Vaccination in Burma 1912-1922 - 1912-1922
Year: 1912
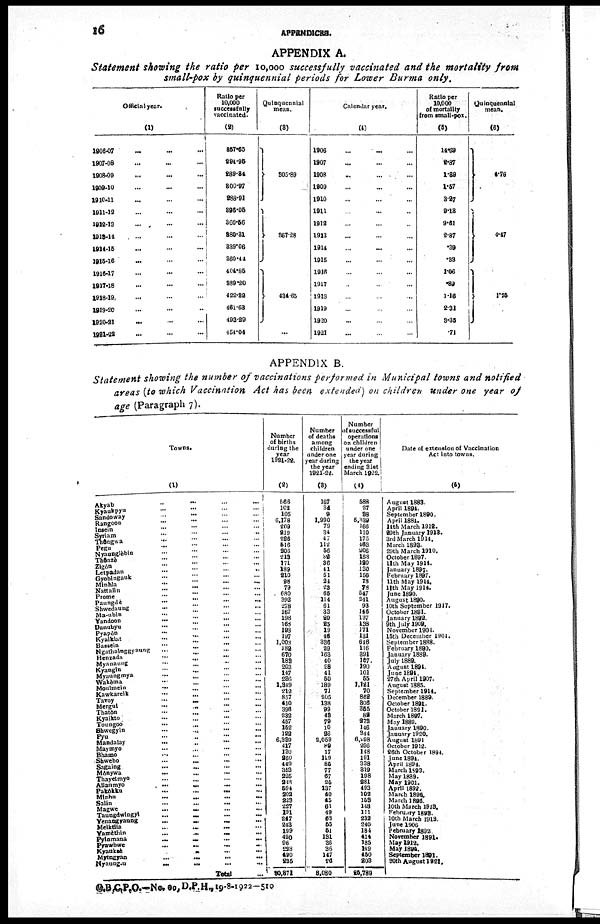
16
APPENDICES.
APPENDIX A.
Statement showing the ratio per 10,000 successfully vaccinated and the mortality from
small-pox by quinquennial periods for Lower Burma only.
Official year.
(1)
1906-07 ... ... ...
1907-08 ... ... ...
1908-09 ... ... ...
1909-10 ... ... ...
1910-11 ... ... ...
1911-12 ... ... ...
1912-13 ... ... ...
1913-14 ... ... ...
1914-15 ... ... ...
1915-16 ... ... ...
1916-17 ... ... ...
1917-18 ... ... ...
1918-19 ... ... ...
1919-20 ... ... ...
1920-21 ... ... ...
1921-22
...
...
...
Ratio per
10,000
successfully
vaccinated.
(2)
357.65
294.95
289.84
300.97
288.91
396.05
360.56
380.31
339.06
360.44
404.85
389.20
422.32
461.63
493.29
454.04
Quinquennial
mean.
(3)
305.89
367.28
434.65
...
Calendar year.
(4)
1906 ... ... ...
1907
...
...
...
1908 ... ... ...
1909 ... ... ...
1910 ... ... ...
1911 ... ... ...
1912 ... ... ...
1913 ... ... ...
1914 ... ... ...
1915 ... ... ...
1916 ... ... ...
1917 ... ... ...
1918 ... ... ...
1919 ... ... ...
1920 ... ... ...
1921 ... ... ...
Ratio per
10,000
of mortality
from small-pox.
(5)
14.69
2.87
1.89
1.57
3.27
9.13
9.61
2.87
.39
.33
1.06
.89
1.16
2.31
3.35
.71
Quinquennial
mean.
(6)
4.76
4.47
1.75
APPENDIX B.
Statement showing the number of vaccinations performed in Municipal towns and notified
areas (to which Vaccination Act has been extended on children under one year of
age (Paragraph 7).
Towns.
(1)
Akyab
...
...
...
...
Kyaukpyu
...
...
...
...
Sandoway
...
...
...
...
Rangoon
...
...
...
...
Insein ... ... ... ...
Syriam
...
...
...
...
Thôngwa ... ... ... ...
Pegu ... ... ... ...
Nyaunglèbin ... ... ... ...
Thônzè ... ... ... ...
Zigôn
...
...
...
...
Lepadan
...
...
...
...
Gyobingauk
...
...
...
...
Minhla ... ... ... ...
Nattalin
...
...
...
...
Prome
...
...
...
...
Paungdè
...
...
...
...
Shwedaung
...
...
...
...
Ma-ubin
...
...
...
...
Yandoon
...
...
...
...
Danubyu
...
...
...
...
Pyapôn
...
...
...
...
Kyatklat
...
...
...
...
Bassein
...
...
...
...
Ngathainggyaung ... ... ... ...
Henzada
...
...
...
...
Myanaung
...
...
...
...
Kyangin
...
...
...
...
Myaungmya
...
...
...
...
Wakèma ... ... ... ...
Moulmein
...
...
...
...
Kawkareik
...
...
...
...
Tavoy ... ... ... ...
Mergui
...
...
...
...
Thatôn
...
...
...
...
Kyaikto ... ... ... ...
Toungoo ... ... ... ...
Shwegyin
...
...
...
...
Pyu ... ... ... ...
Mandalay
...
...
...
...
Maymyo
...
...
...
...
Bhamo
...
...
...
...
Shwebo
...
...
...
...
Sagaing
...
...
...
...
Mônywa
...
...
...
...
Thayetmyo ... ... ... ...
Allanmyo ... ... ... ...
Pakôkku ... ... ... ...
Minbu
...
...
...
...
Salin
...
...
...
...
Magwe
...
...
...
...
Taungdwingyi ... ... ... ...
Yenangyaung
...
...
...
...
Meiktila
...
...
...
...
Yamèthin
...
...
...
...
Pyinmana
...
...
...
...
Pyawbwe
...
...
...
...
Kyauksè
...
...
...
...
Myingyan
...
...
...
...
Nyaungin
...
...
...
...
Total ...
Number
of births
during the
year
1921-22.
(2)
566
102
105
6,178
209
219
226
516
206
213
171
189
210
98
79
680
392
278
167
198
168
198
197
1,003
182
670
183
203
147
236
1,349
212
857
410
396
232
457
152
122
6,339
417
130
250
449
353
225
248
594
202
223
227
191
247
243
199
420
96
228
490
225
90,371
Number
of deaths
among
children
under one
year during
the year
1921-22.
(3)
167
34
9
1,990
79
34
47
112
56
32
36
41
51
24
23
65
114
61
33
20
25
19
46
336
29
163
40
28
41
50
189
71
205
138
99
43
79
10
26
2,059
89
17
119
85
77
67
25
137
40
45
61
49
63
55
51
131
36
36
147
26
8,080
Number
of successful
operations
on children
under one
year during
the year
ending 31st
March 1922.
(4)
588
27
38
5,339
166
110
175
463
206
163
120
130
156
78
78
517
241
93
146
137
138
171
131
646
116
391
157
190
101
55
1,121
70
862
306
355
82
273
146
344
6,298
296
148
191
338
319
198
281
493
102
153
148
111
232
240
184
414
185
149
450
203
25,789
Date of extension of Vaccination
Act into towns.
(5)
August 1883.
April 1894.
September 1890.
April 1884.
14th March 1912.
29th January 1913.
3rd March 1914.
March 1893.
29th March 1910.
October 1897.
11th May 1914.
January 1897.
February 1897.
11th May 1914.
11th May 1914.
June 1890.
August 1890.
10th September 1917.
October 1891.
January 1892.
9th July 1909.
November 1901.
15th December 1901.
September 1888.
February 1890.
January 1889.
July 1889.
August 1894.
June 1894.
27th April 1907.
August 1885.
September 1914.
December 1889.
October 1891.
October 1891.
March 1897.
May 1889.
January 1890.
January 1920.
August 1891
October 1912.
26th October 1894.
June 1894.
April 1894.
March 1893.
May 1889.
May 1901
April 1892.
March 1896.
March 1896.
10th March 1913.
February 1893.
10th March 1913.
June 1906
February 1892.
November 1891.
May 1912.
May 1894.
September 1891.
30th August 1921.
G.B.C.P.O.—No. 09, D.P.H., 19-8-1922—510